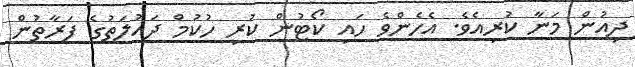
ދިއުން މަނާ ކުރިއެވެ. އެހެންވެ ހައި ކޯޓުން ކުރި ހުކުމް ދައުލަތުގެ ފަރާތުން